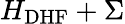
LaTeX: H_{\mathrm{DHF}}+\Sigma